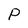
Character: P